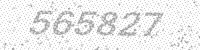
Solution: 565827